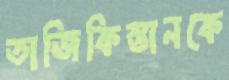
তাজিকিস্তানকে